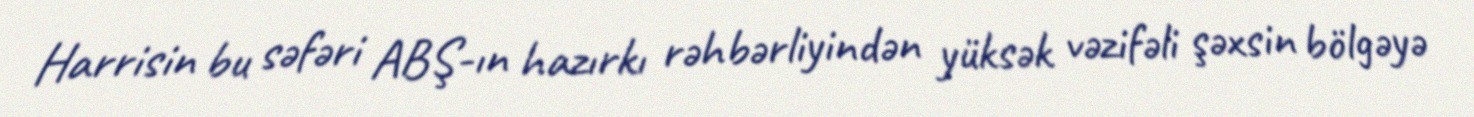
Harrisin bu səfəri ABŞ-ın hazırkı rəhbərliyindən yüksək vəzifəli şəxsin bölgəyə